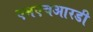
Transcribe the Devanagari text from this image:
एमएचआरडी